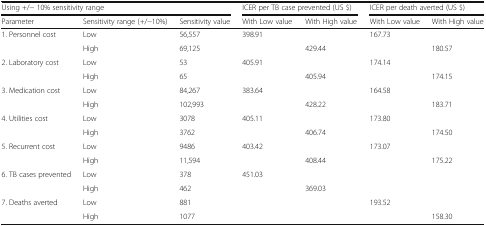
<table><thead><tr><td colspan="3"><b>Using +/− 10% sensitivity range</b></td><td colspan="2"><b>ICER per TB case prevented (US $)</b></td><td colspan="2"><b>ICER per death averted (US $)</b></td></tr><tr><td><b>Parameter</b></td><td><b>Sensitivity range (+/−10%)</b></td><td><b>Sensitivity value</b></td><td><b>With Low value</b></td><td><b>With High value</b></td><td><b>With Low value</b></td><td><b>With High value</b></td></tr></thead><tbody><tr><td rowspan="2">1. Personnel cost</td><td>Low</td><td>56,557</td><td>398.91</td><td></td><td>167.73</td><td></td></tr><tr><td>High</td><td>69,125</td><td></td><td>429.44</td><td></td><td>180.57</td></tr><tr><td rowspan="2">2. Laboratory cost</td><td>Low</td><td>53</td><td>405.91</td><td></td><td>174.14</td><td></td></tr><tr><td>High</td><td>65</td><td></td><td>405.94</td><td></td><td>174.15</td></tr><tr><td rowspan="2">3. Medication cost</td><td>Low</td><td>84,267</td><td>383.64</td><td></td><td>164.58</td><td></td></tr><tr><td>High</td><td>102,993</td><td></td><td>428.22</td><td></td><td>183.71</td></tr><tr><td rowspan="2">4. Utilities cost</td><td>Low</td><td>3078</td><td>405.11</td><td></td><td>173.80</td><td></td></tr><tr><td>High</td><td>3762</td><td></td><td>406.74</td><td></td><td>174.50</td></tr><tr><td rowspan="2">5. Recurrent cost</td><td>Low</td><td>9486</td><td>403.42</td><td></td><td>173.07</td><td></td></tr><tr><td>High</td><td>11,594</td><td></td><td>408.44</td><td></td><td>175.22</td></tr><tr><td rowspan="2">6. TB cases prevented</td><td>Low</td><td>378</td><td>451.03</td><td></td><td></td><td></td></tr><tr><td>High</td><td>462</td><td></td><td>369.03</td><td></td><td></td></tr><tr><td rowspan="2">7. Deaths averted</td><td>Low</td><td>881</td><td></td><td></td><td>193.52</td><td></td></tr><tr><td>High</td><td>1077</td><td></td><td></td><td></td><td>158.30</td></tr></tbody></table>